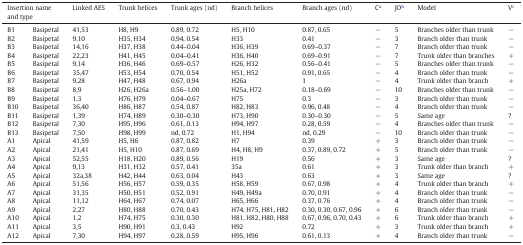
<table><thead><tr><td colspan="2"><b>Insertion name and type</b></td><td><b>Linked AES</b></td><td><b>Trunk helices</b></td><td><b>Trunk ages (nd)</b></td><td><b>Branch helices</b></td><td><b>Branch ages (nd)</b></td><td><b>Ca</b></td><td><b>JOb</b></td><td><b>Model</b></td><td><b>Vc</b></td></tr></thead><tbody><tr><td>B1</td><td>Basipetal</td><td>41,53</td><td>H8, H9</td><td>0.89, 0.72</td><td>H5, H10</td><td>0.87, 0.65</td><td>−</td><td>5</td><td>Branches older than trunk</td><td>−</td></tr><tr><td>B2</td><td>Basipetal</td><td>9,10</td><td>H35, H34</td><td>0.94, 0.54</td><td>H33</td><td>0.41</td><td>−</td><td>3</td><td>Branch older than trunk</td><td>−</td></tr><tr><td>B3</td><td>Basipetal</td><td>14,16</td><td>H37, H38</td><td>0.44–0.04</td><td>H36, H39</td><td>0.69–0.37</td><td>−</td><td>7</td><td>Branch older than trunk</td><td>−</td></tr><tr><td>B4</td><td>Basipetal</td><td>22,23</td><td>H41, H45</td><td>0.04–0.41</td><td>H36, H40</td><td>0.69–0.91</td><td>−</td><td>7</td><td>Trunk older than branches</td><td>+</td></tr><tr><td>B5</td><td>Basipetal</td><td>9,14</td><td>H36, H46</td><td>0.69–0.57</td><td>H26, H32</td><td>0.56–0.41</td><td>−</td><td>5</td><td>Branches older than trunk</td><td>−</td></tr><tr><td>B6</td><td>Basipetal</td><td>35,47</td><td>H53, H54</td><td>0.70, 0.54</td><td>H51, H52</td><td>0.91, 0.65</td><td>−</td><td>4</td><td>Branch older than trunk</td><td>−</td></tr><tr><td>B7</td><td>Basipetal</td><td>9,28</td><td>H47, H48</td><td>0.67, 0.94</td><td>H26a</td><td>1</td><td>−</td><td>4</td><td>Trunk older than branch</td><td>+</td></tr><tr><td>B8</td><td>Basipetal</td><td>8,9</td><td>H26, H26a</td><td>0.56–1.00</td><td>H25a, H72</td><td>0.18–0.69</td><td>−</td><td>10</td><td>Branches older than trunk</td><td>−</td></tr><tr><td>B9</td><td>Basipetal</td><td>1,3</td><td>H76, H79</td><td>0.04–0.67</td><td>H75</td><td>0.3</td><td>−</td><td>3</td><td>Branch older than trunk</td><td>−</td></tr><tr><td>B10</td><td>Basipetal</td><td>36,40</td><td>H86, H87</td><td>0.54, 0.87</td><td>H82, H83</td><td>0.96, 0.48</td><td>−</td><td>4</td><td>Branch older than trunk</td><td>−</td></tr><tr><td>B11</td><td>Basipetal</td><td>1,39</td><td>H74, H89</td><td>0.30–0.30</td><td>H73, H90</td><td>0.30–0.30</td><td>−</td><td>5</td><td>Same age</td><td>?</td></tr><tr><td>B12</td><td>Basipetal</td><td>7,30</td><td>H95, H96</td><td>0.61, 0.13</td><td>H94, H97</td><td>0.28, 0.59</td><td>−</td><td>4</td><td>Branches older than trunk</td><td>−</td></tr><tr><td>B13</td><td>Basipetal</td><td>7,50</td><td>H98, H99</td><td>nd, 0.72</td><td>H1, H94</td><td>nd, 0.29</td><td>−</td><td>10</td><td>Branch older than trunk</td><td>−</td></tr><tr><td>A1</td><td>Apical</td><td>41,59</td><td>H5, H6</td><td>0.87, 0.82</td><td>H7</td><td>0.39</td><td>+</td><td>3</td><td>Branch older than trunk</td><td>−</td></tr><tr><td>A2</td><td>Apical</td><td>21,41</td><td>H5, H10</td><td>0.87, 0.69</td><td>H4, H8, H9</td><td>0.37, 0.89, 0.72</td><td>+</td><td>5</td><td>Branch older than trunk</td><td>−</td></tr><tr><td>A3</td><td>Apical</td><td>52,55</td><td>H18, H20</td><td>0.89, 0.56</td><td>H19</td><td>0.56</td><td>+</td><td>3</td><td>Same age</td><td>?</td></tr><tr><td>A4</td><td>Apical</td><td>9,13</td><td>H31, H32</td><td>0.57, 0.41</td><td>35a</td><td>0.61</td><td>+</td><td>3</td><td>Trunk older than branch</td><td>+</td></tr><tr><td>A5</td><td>Apical</td><td>32a,38</td><td>H42, H44</td><td>0.63, 0.04</td><td>H43</td><td>0.63</td><td>+</td><td>3</td><td>Same age</td><td>?</td></tr><tr><td>A6</td><td>Apical</td><td>51,56</td><td>H56, H57</td><td>0.59, 0.35</td><td>H58, H59</td><td>0.67, 0.98</td><td>+</td><td>4</td><td>Trunk older than branch</td><td>+</td></tr><tr><td>A7</td><td>Apical</td><td>31,35</td><td>H50, H51</td><td>0.52, 0.91</td><td>H49, H49a</td><td>0.70, 0.91</td><td>+</td><td>4</td><td>Branch older than trunk</td><td>−</td></tr><tr><td>A8</td><td>Apical</td><td>11,12</td><td>H64, H67</td><td>0.74, 0.07</td><td>H65, H66</td><td>0.37, 0.76</td><td>+</td><td>4</td><td>Branch older than trunk</td><td>−</td></tr><tr><td>A9</td><td>Apical</td><td>2,27</td><td>H80, H88</td><td>0.70, 0.43</td><td>H74, H75, H81, H82</td><td>0.30, 0.30, 0.67, 0.96</td><td>+</td><td>6</td><td>Branch older than trunk</td><td>−</td></tr><tr><td>A10</td><td>Apical</td><td>1,2</td><td>H74, H75</td><td>0.30, 0.30</td><td>H81, H82, H80, H88</td><td>0.67, 0.96, 0.70, 0.43</td><td>+</td><td>6</td><td>Trunk older than branch</td><td>+</td></tr><tr><td>A11</td><td>Apical</td><td>3,5</td><td>H90, H91</td><td>0.3, 0.43</td><td>H92</td><td>0.72</td><td>+</td><td>3</td><td>Trunk older than branch</td><td>+</td></tr><tr><td>A12</td><td>Apical</td><td>7,30</td><td>H94, H97</td><td>0.28, 0.59</td><td>H95, H96</td><td>0.61, 0.13</td><td>+</td><td>4</td><td>Branch older than trunk</td><td>−</td></tr></tbody></table>